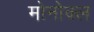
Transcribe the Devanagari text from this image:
मोनोक्ल